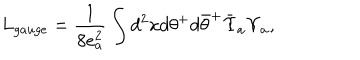
LaTeX: L _ { g a u g e } = \frac { 1 } { 8 e _ { a } ^ { 2 } } \int d ^ { 2 } x d \theta ^ { + } d { \bar { \theta } } ^ { + } { \bar { \Upsilon } } _ { a } \Upsilon _ { a } ,